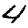
Digit: 4